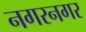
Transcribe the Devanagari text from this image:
नगरनगर